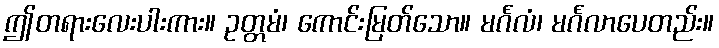
ဤတရားလေးပါးကား။ ဥတ္တမံ၊ ကောင်းမြတ်သော။ မင်္ဂလံ၊ မင်္ဂလာပေတည်း။